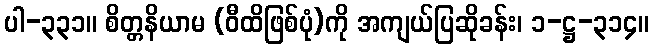
ပါ-၃၃၁။ စိတ္တနိယာမ (ဝီထိဖြစ်ပုံ)ကို အကျယ်ပြဆိုခန်း၊ ၁-ဋ္ဌ-၃၁၄။